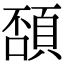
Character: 䫊